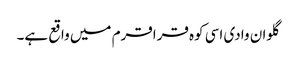
گلوان وادی اسی کوہ قراقرم میں واقع ہے۔